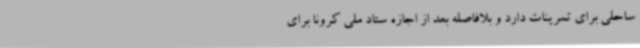
ساحلی برای تمرینات دارد و بلافاصله بعد از اجازه ستاد ملی کرونا برای